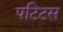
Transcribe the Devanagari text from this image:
पटिटस